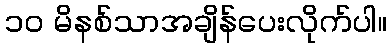
၁၀ မိနစ်သာအချိန်ပေးလိုက်ပါ။